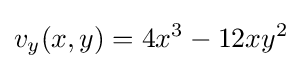
v_{y}(x,y)=4x^{3}-12xy^{2}